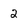
Character: 2